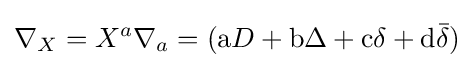
\nabla _{X}=X^{a}\nabla _{a}=(\mathrm {a} D+\mathrm {b} \Delta +\mathrm {c} \delta +\mathrm {d} {\bar {\delta }})